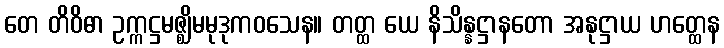
တေ တိဝိဓာ ဥက္ကဋ္ဌမဇ္ဈိမမုဒုကဝသေန။ တတ္ထ ယေ နိသိန္နဋ္ဌာနတော အနုဋ္ဌာယ ဟတ္ထေန